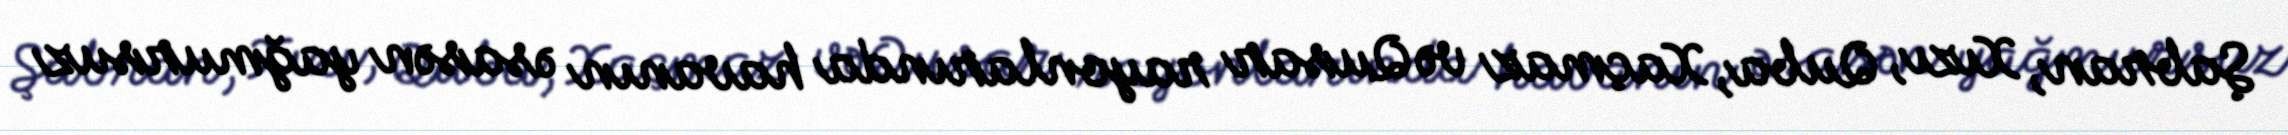
Şabran, Xızı, Quba, Xaçmaz və Qusar rayonlarında havanın əsasən yağmursuz